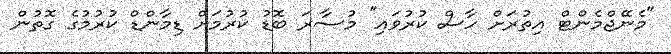
"މެނޭޖްމެންޓް އިތުރަށް ހާސް ކުރުވައި" މުސާރަ ބޮޑު ކުރުމަށް ޑިމާންޑް ކުރުމުގެ ގޮތުން